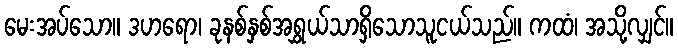
မေးအပ်သော။ ဒဟရော၊ ခုနစ်နှစ်အရွှယ်သာရှိသောသူငယ်သည်။ ကထံ၊ အသို့လျှင်။